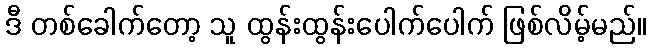
ဒီ တစ်ခေါက်တော့ သူ ထွန်းထွန်းပေါက်ပေါက် ဖြစ်လိမ့်မည်။